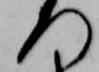
つ